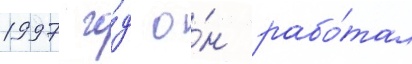
1997 го́д о́н рабо́тал